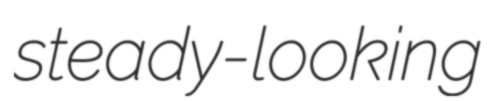
steady-looking